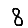
Digit: 8